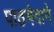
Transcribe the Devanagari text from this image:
पाठभेदाने